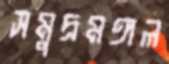
সমুদ্রমঙ্গল